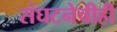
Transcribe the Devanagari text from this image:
संघटनेचीही